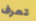
تعرف